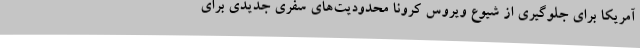
آمریکا برای جلوگیری از شیوع ویروس کرونا محدودیت‌های سفری جدیدی برای